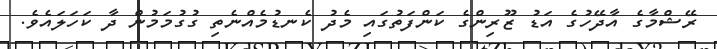
ރޭޝްމާގެ އާދޭހުގެ އަޑު ޒޫރިންގެ ކަންފަތުގައި މެދު ކެނޑުމެއްނެތި ގުގުމަމުން ދާ ކަހަލައެވެ.